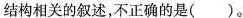
结构相关的叙述，不正确的是( )。